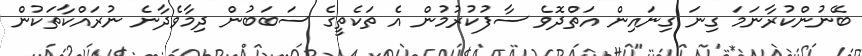
ބޭނުންކުރާނަމަ ގިނަ ގިނައިން އަތްދޮވެ ސާފުކުރުމުން އެ ތަކެތީގެ ސަބަބުން ދިމާވެދާނެ ނުރައްކާތަކުން